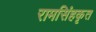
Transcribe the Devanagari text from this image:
रामसिंहकृत